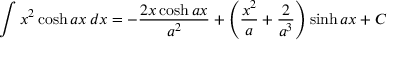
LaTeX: \int x ^ { 2 } \cosh a x \, d x = - { \frac { 2 x \cosh a x } { a ^ { 2 } } } + \left( { \frac { x ^ { 2 } } { a } } + { \frac { 2 } { a ^ { 3 } } } \right) \sinh a x + C